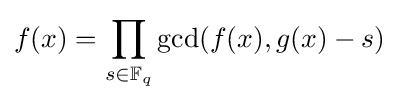
f(x)=\prod _{s\in \mathbb {F} _{q}}\gcd(f(x),g(x)-s)